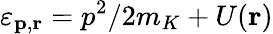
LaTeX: \varepsilon_{\mathbf{p},\mathbf{r}}=p^{2}/2m_{K}+U({\mathbf{r}})